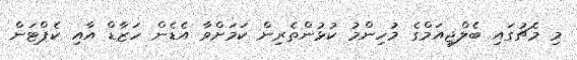
މި މެޗުގައި ބެލްޖިއަމްގެ މުހިންމު ކުޅުންތެރިން ކަމަށްވާ އެޑެން ހަޒާޑް އާއި ކެޕްޓަން